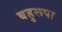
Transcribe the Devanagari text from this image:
बहुरूपा